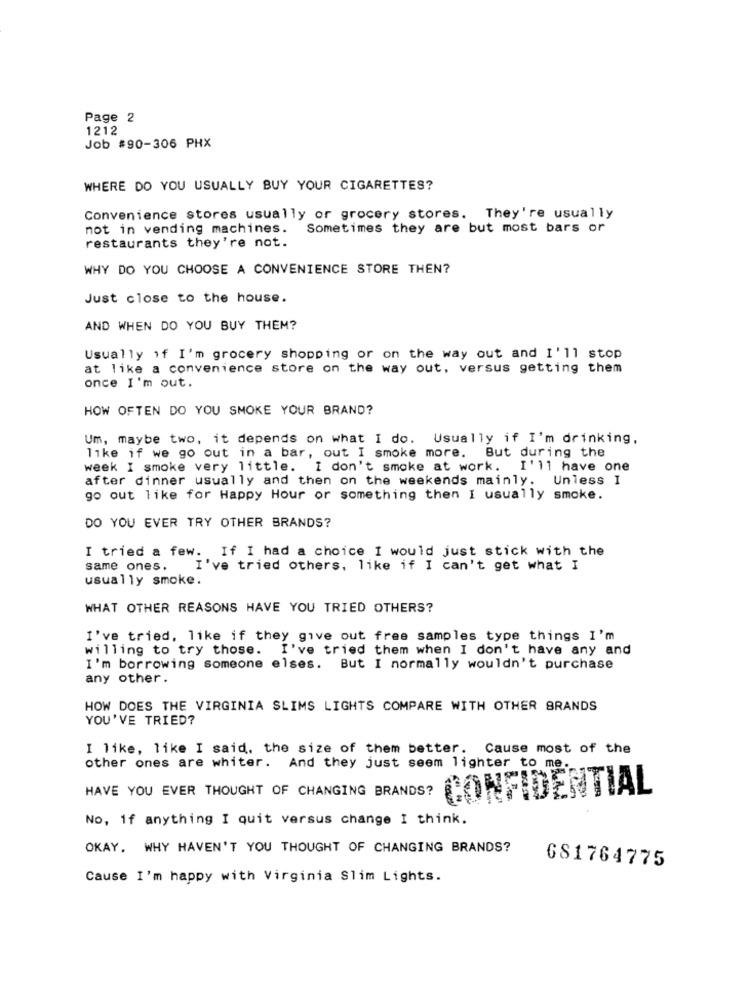
Page 2
1212
Job #90-306 PHX
WHERE DO YOU USUALLY BUY YOUR CIGARETTES?
Convenience stores usually or grocery stores. They're usually
not in vending machines.
Sometimes they are but most bars or
restaurants they're not.
WHY DO YOU CHOOSE A CONVENIENCE STORE THEN?
Just close to the house.
AND WHEN DO YOU BUY THEM?
Usually if I'm grocery shopping or on the way out and I'll stop
at like a convenience store on the way out, versus getting them
once I'm out.
HOW OFTEN DO YOU SMOKE YOUR BRAND?
Um, maybe two, it depends on what I do. Usually if I'm drinking.
like if we go out in a bar, out I smoke more. But during the
week I smoke very little. I don't smoke at work.
I'll have one
after dinner usually and then on the weekends mainly. Unless I
go out like for Happy Hour or something then I usually smoke.
DO YOU EVER TRY OTHER BRANDS?
I tried a few. If I had a choice I would just stick with the
same ones.
I've tried others, like if I can't get what I
usually smoke.
WHAT OTHER REASONS HAVE YOU TRIED OTHERS?
I've tried, like if they give out free samples type things I'm
willing to try those. I've tried them when I don't have any and
I'm borrowing someone elses. But I normally wouldn't purchase
any other.
HOW DOES THE VIRGINIA SLIMS LIGHTS COMPARE WITH OTHER BRANDS
YOU'VE TRIED?
I like, like I said, the size of them better. Cause most of the
other ones are whiter. And they just seem lighter to me.
HAVE YOU EVER THOUGHT OF CHANGING BRANDS?
CONFIDENTIAL
No, if anything I quit versus change I think.
OKAY. WHY HAVEN'T YOU THOUGHT OF CHANGING BRANDS?
681764775
Cause I'm happy with Virginia Slim Lights.